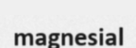
magnesial